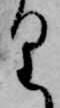
り